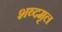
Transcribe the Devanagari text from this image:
शब्दमृल